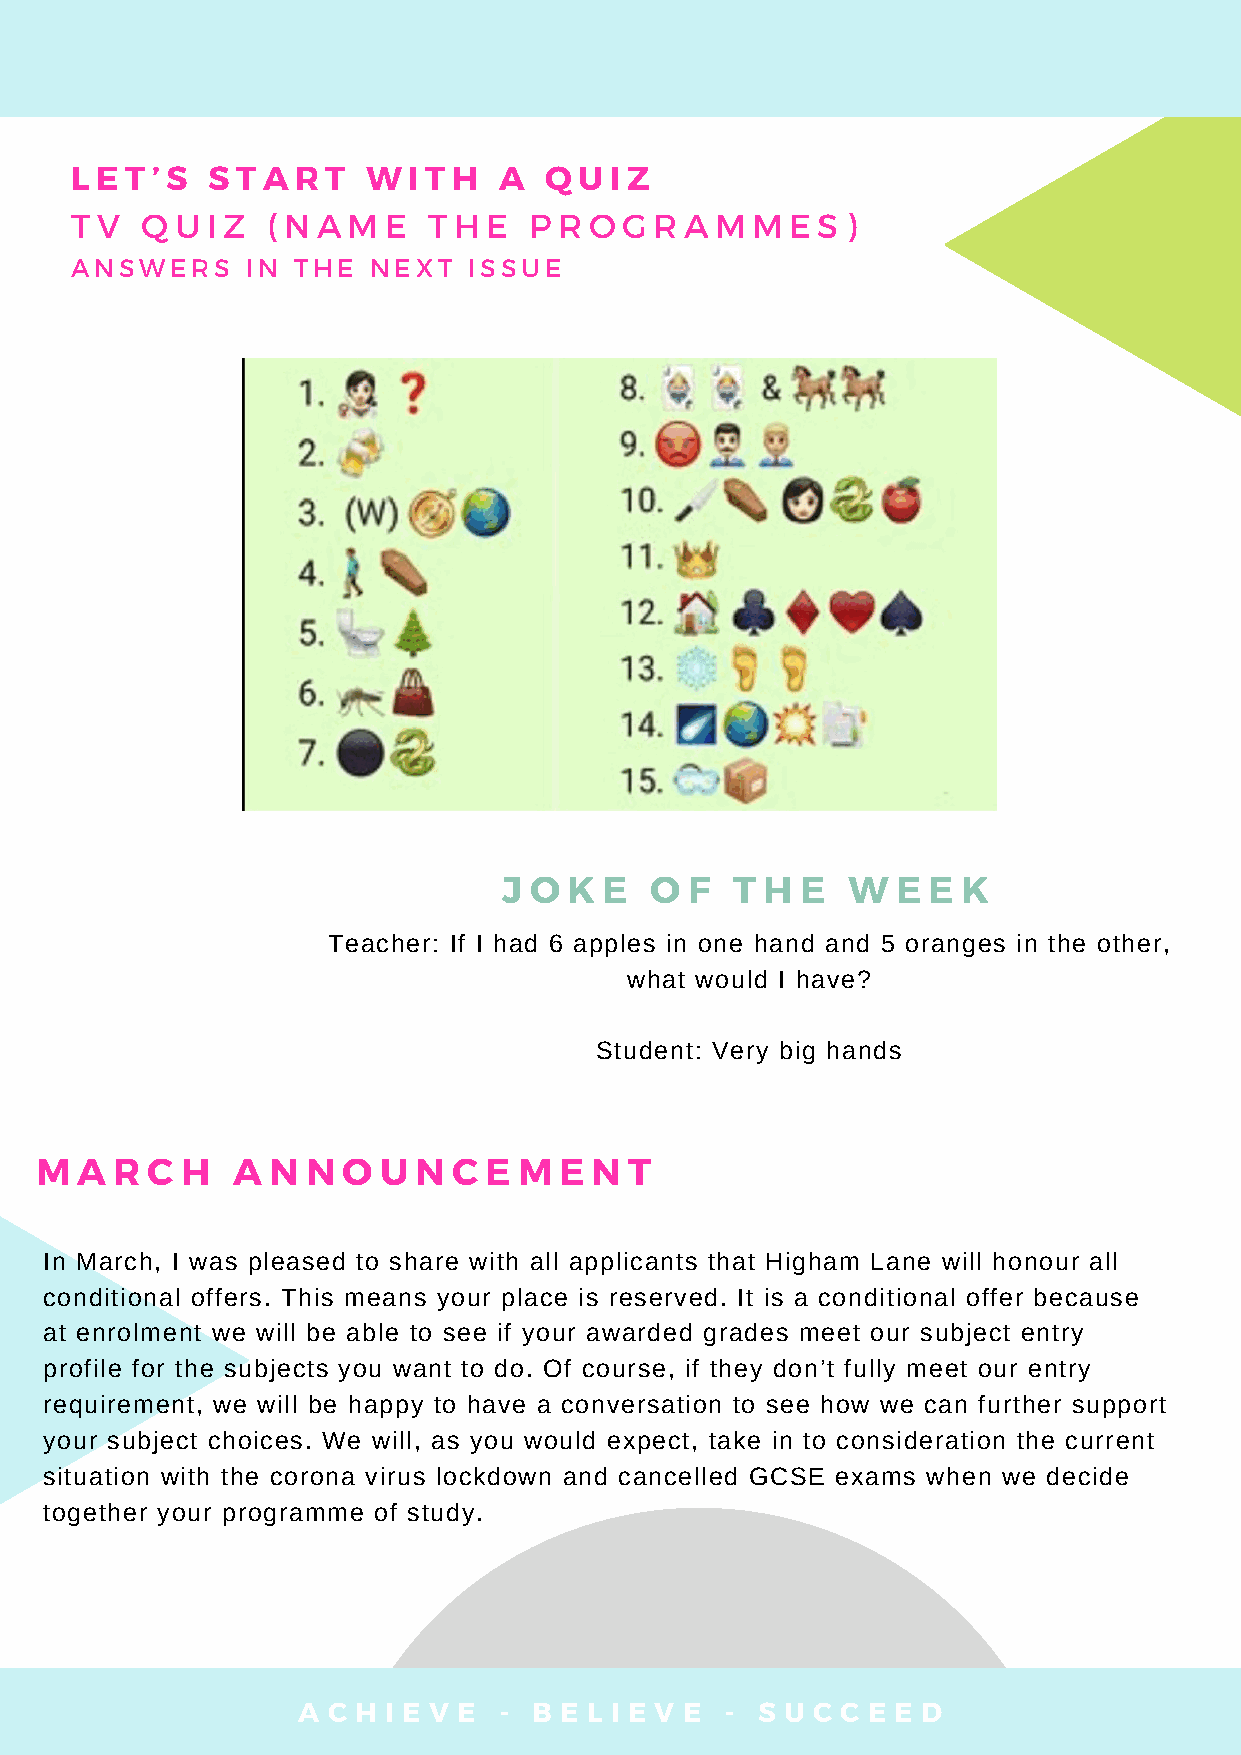
L E T ’ S S T A R T W I T H A  Q U I Z
 T V Q  U I Z ( N A M E T H E  P R O G R A M  M E S )
 ANSWERS    IN THE  NEXT   ISSUE
 J O  K E  O  F  T H E  W  E E  K
 Teacher: If I had 6 apples in one hand and 5 oranges in the other,
 what would I have?
 Student: Very big hands
 M  A R  C H  A  N N  O U N  C E M  E N  T
 In March, I was pleased to share with all applicants that Higham Lane will honour all
 conditional offers. This means your place is reserved. It is a conditional offer because
 at enrolment we will be able to see if your awarded grades meet our subject entry
 profile for the subjects you want to do. Of course, if they don’t fully meet our entry
 requirement, we will be happy to have a conversation to see how we can further support
 your subject choices. We will, as you would expect, take in to consideration the current
 situation with the corona virus lockdown and cancelled GCSE exams when we decide
 together your programme of study.
 A C H I E V E - B E L I E V E - S U C C E E D